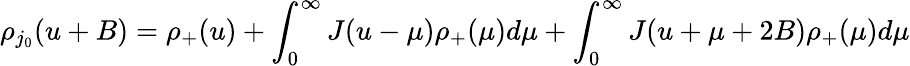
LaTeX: \rho_{j_{0}}(u+B)=\rho_{+}(u)+\int_{0}^{\infty}J(u-\mu)\rho_{+}(\mu)d\mu+\int_{0}^{\infty}J(u+\mu+2B)\rho_{+}(\mu)d\mu